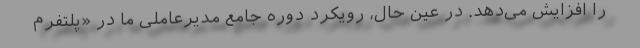
را افزایش می‌دهد. در عین حال، رویکرد دوره جامع مدیرعاملی ما در «پلتفرم